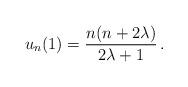
LaTeX: \begin{align*}u_n(1)=\frac{n(n+2\lambda)}{2\lambda+1}\,.\end{align*}